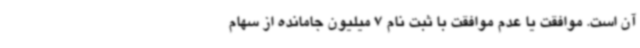
آن است. موافقت یا عدم موافقت با ثبت نام 7 میلیون جامانده از سهام